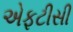
એફટીસી